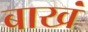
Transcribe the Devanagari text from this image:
बाखं